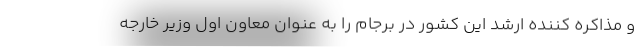
و مذاکره کننده ارشد این کشور در برجام را به عنوان معاون اول وزیر خارجه